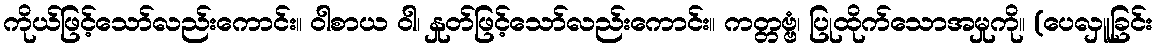
ကိုယ်ဖြင့်သော်လည်းကောင်း။ ဝါစာယ ဝါ၊ နှုတ်ဖြင့်သော်လည်းကောင်း။ ကတ္တဗ္ဗံ၊ ပြုထိုက်သောအမှုကို။ (ပေလှူခြင်း